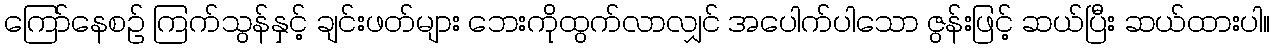
ကြော်နေစဉ် ကြက်သွန်နှင့် ချင်းဖတ်များ ဘေးကိုထွက်လာလျှင် အပေါက်ပါသော ဇွန်းဖြင့် ဆယ်ပြီး ဆယ်ထားပါ။